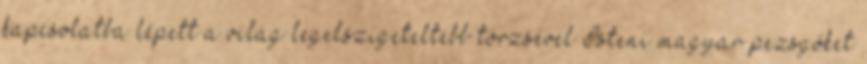
kapcsolatba lépett a világ legelszigeteltebb törzsével Isteni magyar pezsgőket